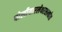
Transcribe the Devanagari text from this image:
पोलीयारलेथरसल्फोन